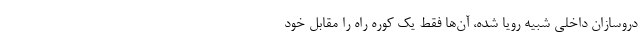
دروسازان داخلی شبیه رویا شده، آن‌ها فقط یک کوره راه را مقابل خود